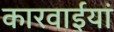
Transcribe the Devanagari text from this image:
कारवाईयां